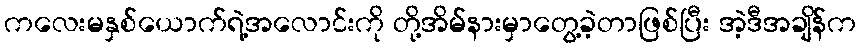
ကလေးမနှစ်ယောက်ရဲ့အလောင်းကို တို့အိမ်နားမှာတွေ့ခဲ့တာဖြစ်ပြီး အဲ့ဒီအချိန်က